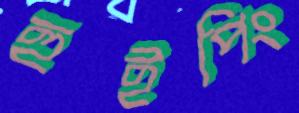
হুইপিং